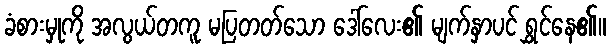
ခံစားမှုကို အလွယ်တကူ မပြတတ်သော ဒေါ်လေး၏ မျက်နှာပင် ရွှင်နေ၏။